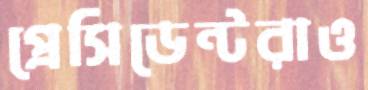
প্রেসিডেন্টরাও